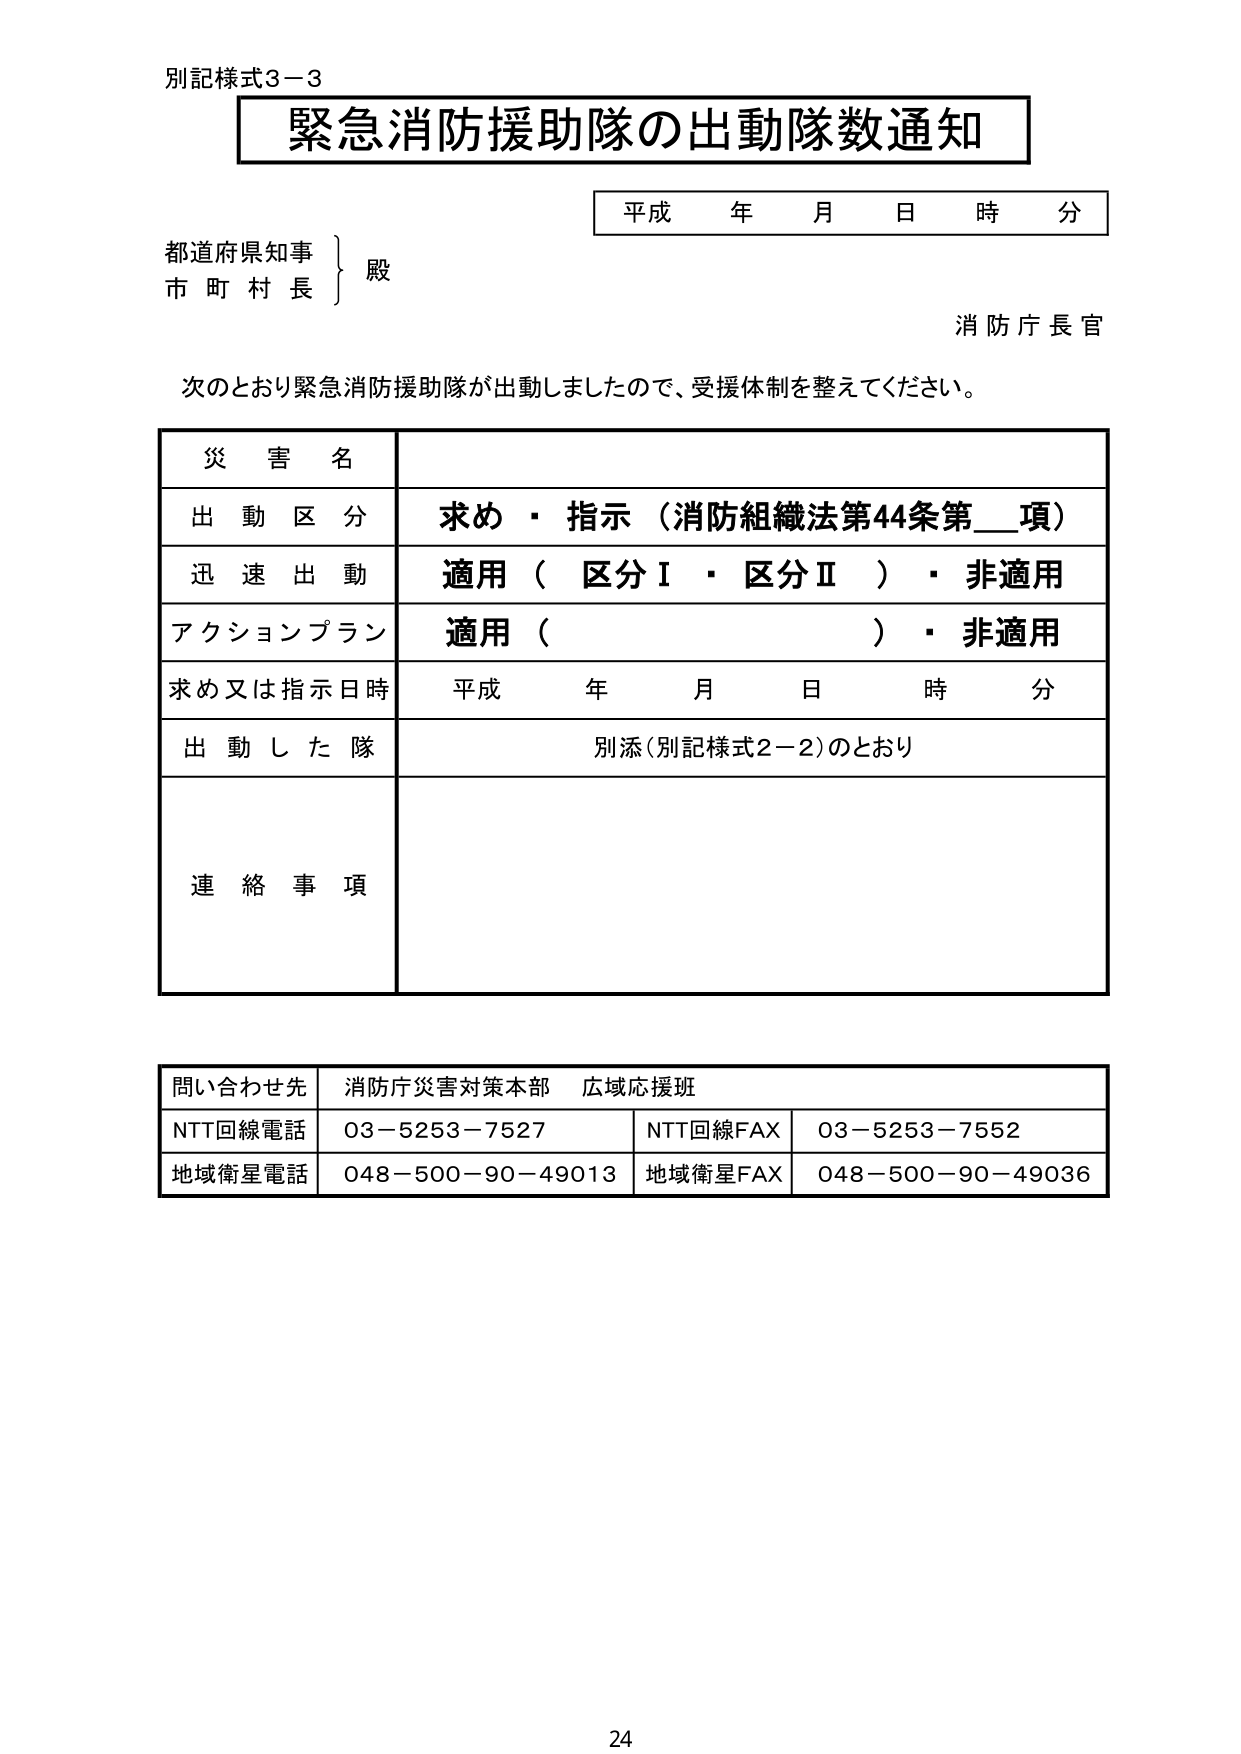
別記様式3－3
緊急消防援助隊の出動隊数通知
平成 年 月 日 時 分
都道府県知事
市町村長
殿
消防庁長官
次のとおり緊急消防援助隊が出動しましたので、受援体制を整えてください。
災害名
出動区分 求め・指示（消防組織法第44条第__項）
迅速出動 適用（区分Ⅰ・区分Ⅱ）・非適用
アクションプラン 適用（ ）・非適用
求め又は指示日時 平成 年 月 日 時 分
出動した隊 別添（別記様式2－2）のとおり
連絡事項
問い合わせ先 消防庁災害対策本部 広域応援班
NTT回線電話 03－5253－7527 NTT回線FAX 03－5253－7552
地域衛星電話 048－500－90－49013 地域衛星FAX 048－500－90－49036
24